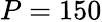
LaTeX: P=150